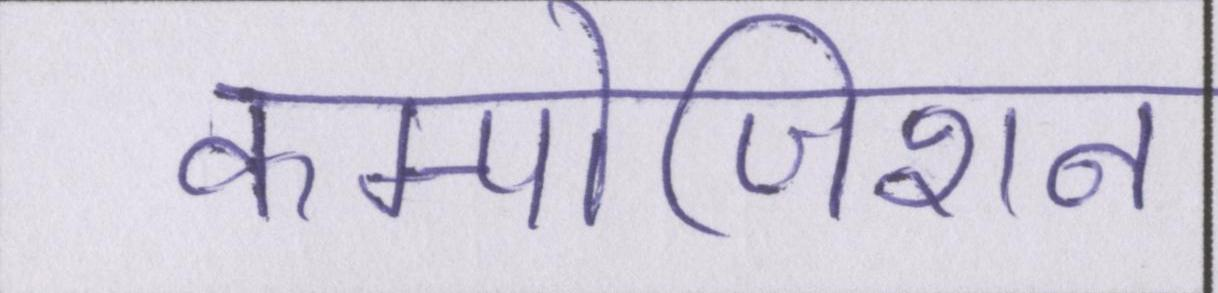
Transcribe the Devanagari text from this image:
कम्पोजिशन